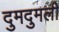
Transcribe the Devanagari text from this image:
दुमदुमली